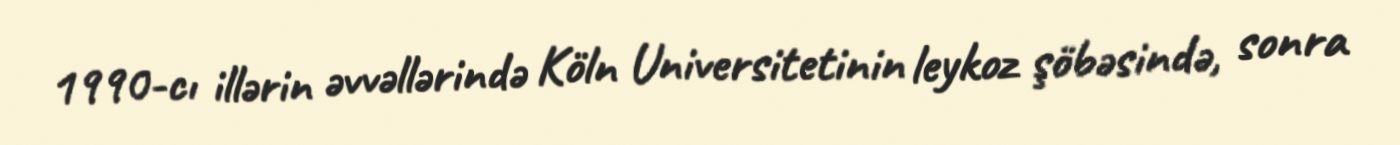
1990-cı illərin əvvəllərində Köln Universitetinin leykoz şöbəsində, sonra